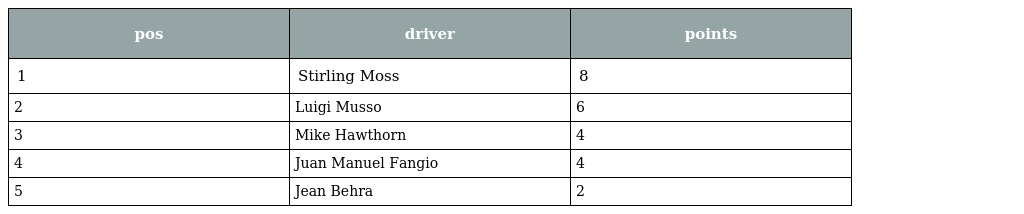
| pos | driver | points |
 | --- | --- | --- |
 | 1 | Stirling Moss | 8 |
 | 2 | Luigi Musso | 6 |
 | 3 | Mike Hawthorn | 4 |
 | 4 | Juan Manuel Fangio | 4 |
 | 5 | Jean Behra | 2 |